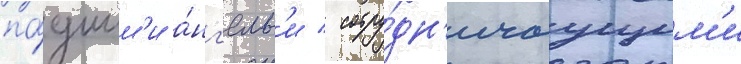
па́дшим'и а́нг'елам'и / сотру́дн'ичаущим'и